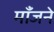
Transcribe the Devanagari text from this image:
माँजने